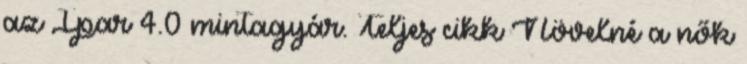
az Ipar 4.0 mintagyár. Teljes cikk Növelné a nők